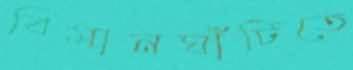
বিমানঘাঁটিতে